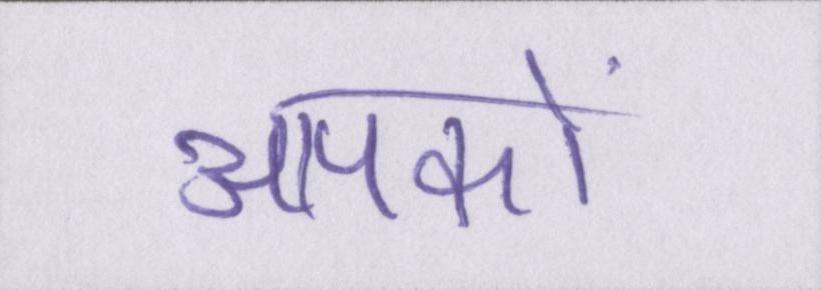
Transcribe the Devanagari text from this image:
आपकों